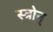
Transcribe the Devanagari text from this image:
स्त्रोन्